Annual report on the working of the mental hospitals in the Madras Presidency - 1912-1932
Year: 1912
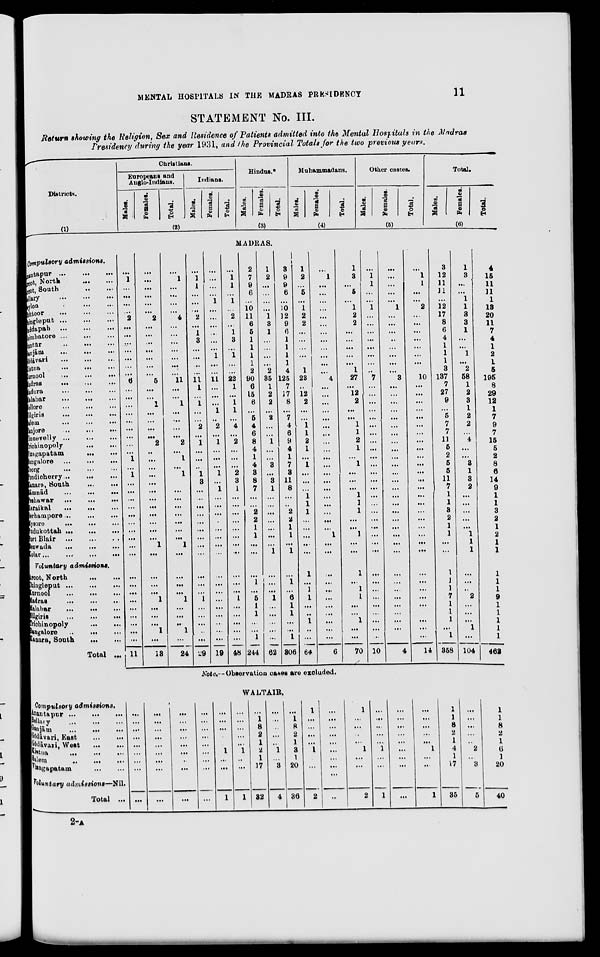
MENTAL HOSPITALS IN THE MADRAS PRESIDENCY
11
STATEMENT No. III.
Return showing the Religion, Sex and Residence of Patients admitted into the Mental Hospitals in the Madras
Presidency during the year 1931, and the Provincial Totals for the two previous years.
Districts.
(1)
Christians.
Europeaus and
Anglo-Indians.
Males.
Females.
Total.
Indians.
Males.
Females.
Total.
(2)
Hindus.*
Males.
Females.
Total.
(3)
Muhammadans.
Males.
Females.
Total.
(4)
Other castes.
Males.
Females.
Total.
(5)
Total.
Males.
Females.
Total.
(6)
MADRAS.
Compulsory admissions.
Anantapur ... ... ...
root, North ... ... ...
root, South ... ... ...
Bellary ... ... ...
sylon ... ... ...
bittoor ... ... ...
ingle put
...
...
...
addapah ... ... ...
imbatore ... ... ...
untūr ... ... ...
Ganjām
...
...
...
Gōdāvari ... ... ...
jstna
...
...
...
urnool
...
...
...
Madras
...
...
...
adura ... ... ...
alabar
...
...
...
ellore ... ... ...
ilgiris
...
...
...
alem ... ... ...
anjore
...
...
...
innevelly
...
...
...
richinopoly
...
...
Vizagapatam
...
...
Bangalore ... ... ...
oorg
...
...
...
Pondicherry
...
...
...
Kanara, South
...
...
Rāmnād
...
...
...
Peshawar
...
...
...
Karaikal ... ... ...
lerhampore ...
...
...
Mysore
...
...
...
Pudukottah
...
...
...
ort Blair
...
...
...
lezwada
...
...
...
Kolar
...
...
...
Voluntary
admissions.
Arcot, North ... ...
Chingleput
...
...
...
Kurnool ... ... ...
Madras
...
...
...
Malabar
...
...
...
Nilgiris
...
...
...
Trichinopoly
...
...
Bangalore
...
...
Kanara, South
...
...
Total ...
...
1
...
...
...
...
2
...
...
...
...
...
...
...
6
...
...
...
...
...
...
...
...
...
1
...
1
...
...
...
...
...
...
...
...
...
...
...
...
...
...
...
...
...
...
...
11
...
...
...
...
...
...
2
...
...
...
...
...
...
...
5
...
...
1
...
...
...
...
2
...
...
...
...
...
...
...
...
...
...
...
...
1
...
...
...
...
1
...
...
...
1
...
13
...
1
...
...
...
...
4
...
...
...
...
...
...
...
11
...
...
1
...
...
...
...
2
...
1
...
1
...
...
...
...
...
...
...
...
1
...
...
...
...
1
...
...
...
1
...
24
...
1
1
...
...
...
2
...
1
3
...
...
...
...
11
1
...
1
...
...
2
...
1
...
...
...
1
3
...
...
...
...
...
...
...
...
...
...
...
...
1
...
...
...
..
...
29
...
...
...
...
1
...
...
...
...
...
...
1
...
...
11
...
...
...
1
...
2
...
1
...
...
...
1
...
1
...
...
...
.
...
...
...
...
...
...
...
...
...
...
...
...
...
19
...
1
1
...
1
...
2
...
1
3
...
1
...
...
22
1
...
1
1
...
4
...
2
...
...
...
2
3
1
...
...
...
...
...
...
...
...
...
...
...
1
...
...
...
...
...
48
2
7
9
6
...
10
11
6
5
1
1
1
1
2
90
6
15
6
...
5
4
6
8
4
1
4
3
8
7
...
...
2
2
1
1
...
...
...
1
...
5
1
1
...
...
1
244
1
2
...
...
...
...
1
3
1
...
...
...
...
2
35
1
2
2
...
2
...
...
1
...
...
3
...
3
1
...
...
...
...
...
...
...
1
...
...
...
1
...
...
...
...
...
62
8
9
9
6
...
10
12
9
6
1
1
1
1
4
125
7
17
8
...
7
4
6
9
4
1
7
3
11
8
...
..
2
2
1
1
...
1
...
1
...
6
1
1
...
...
1
306
1
2
...
5
...
1
2
2
...
...
...
...
...
1
28
...
12
2
...
...
1
1
2
1
...
1
...
...
...
1
1
1
...
...
...
...
...
1
...
1
1
...
..
1
...
...
64
...
1
...
...
...
...
...
...
...
...
...
...
...
...
4
...
...
...
...
...
...
...
...
...
...
...
...
...
...
...
...
...
...
...
1
...
...
...
...
...
...
...
...
...
...
...
6
1
3
...
5
...
1
2
2
...
...
...
...
...
1
27
...
12
2
...
...
1
1
2
1
...
1
...
...
...
1
1
1
...
...
1
...
...
1
...
1
1
...
...
1
...
...
70
...
1
1
...
...
1
...
...
...
...
...
...
...
...
7
...
...
...
...
...
...
...
...
...
...
...
...
...
...
...
...
...
...
...
...
...
...
...
...
...
...
...
...
...
...
...
10
...
...
...
...
...
1
...
...
...
...
...
...
...
...
3
...
...
...
...
...
...
...
...
...
...
...
...
...
...
...
...
...
...
...
...
...
...
...
...
...
...
...
...
...
...
...
4
...
1
1
...
...
2
...
...
...
...
...
...
...
10
...
...
...
...
...
...
...
...
...
...
...
...
...
...
...
...
...
...
...
...
...
...
...
...
...
...
...
...
...
...
...
14
3
12
11
11
...
12
17
8
6
4
1
1
1
3
137
7
27
9
...
5
7
7
11
5
2
5
5
11
7
1
1
3
2
1
1
...
...
1
1
1
7
1
1
1
...
1
358
1
3
...
...
1
1
3
3
1
...
...
1
...
2
58
1
2
3
1
2
2
...
4
...
...
3
1
3
2
...
...
...
...
...
1
1
1
...
...
...
2
...
...
...
1
...
104
4
15
11
11
1
13
20
11
7
4
1
2
1
5
195
8
29
12
1
7
9
7
15
5
2
8
6
14
9
1
1
3
2
1
2
1
1
1
1
1
9
1
1
1
1
1
462
Note.— Observation cases are excluded.
WALTAIR.
Compulsory
admissions.
Anantapur
...
...
...
Bellary
...
...
...
Ganjām ... ... ...
Gōdāvari, East
...
...
...
Gōdāvari, West
...
...
...
Kistna
...
...
...
Salem ... ... ...
Vizagapatam
...
...
...
Voluntary
admissions—Nil.
Total ...
...
...
...
...
...
...
...
...
...
...
...
...
...
...
...
...
...
...
...
...
...
...
...
...
...
...
...
...
...
...
.. .
...
...
...
...
...
. ..
. ..
. . .
...
...
1
...
...
1
...
...
...
...
...
1
...
...
1
...
1
8
2
1
2
1
17
32
...
...
..
...
...
1
...
3
4
...
1
8
2
1
3
1
20
36
1
...
...
...
...
1
...
...
2
...
...
...
...
...
...
...
...
...
..
1
...
...
...
...
1
....
...
2
...
...
...
...
...
1
...
...
1
...
...
.. .
. . .
...
...
...
...
...
...
...
...
...
...
1
...
...
1
1
1
8
2
1
4
1
17
35
...
...
2
...
3
5
1
1
8
2
1
6
1
20
40
2-A